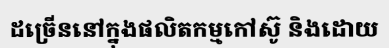
ដច្រើននៅក្នុងផលិតកម្មកៅស៊ូ និងដោយ